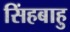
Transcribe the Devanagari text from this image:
सिंहबाहु